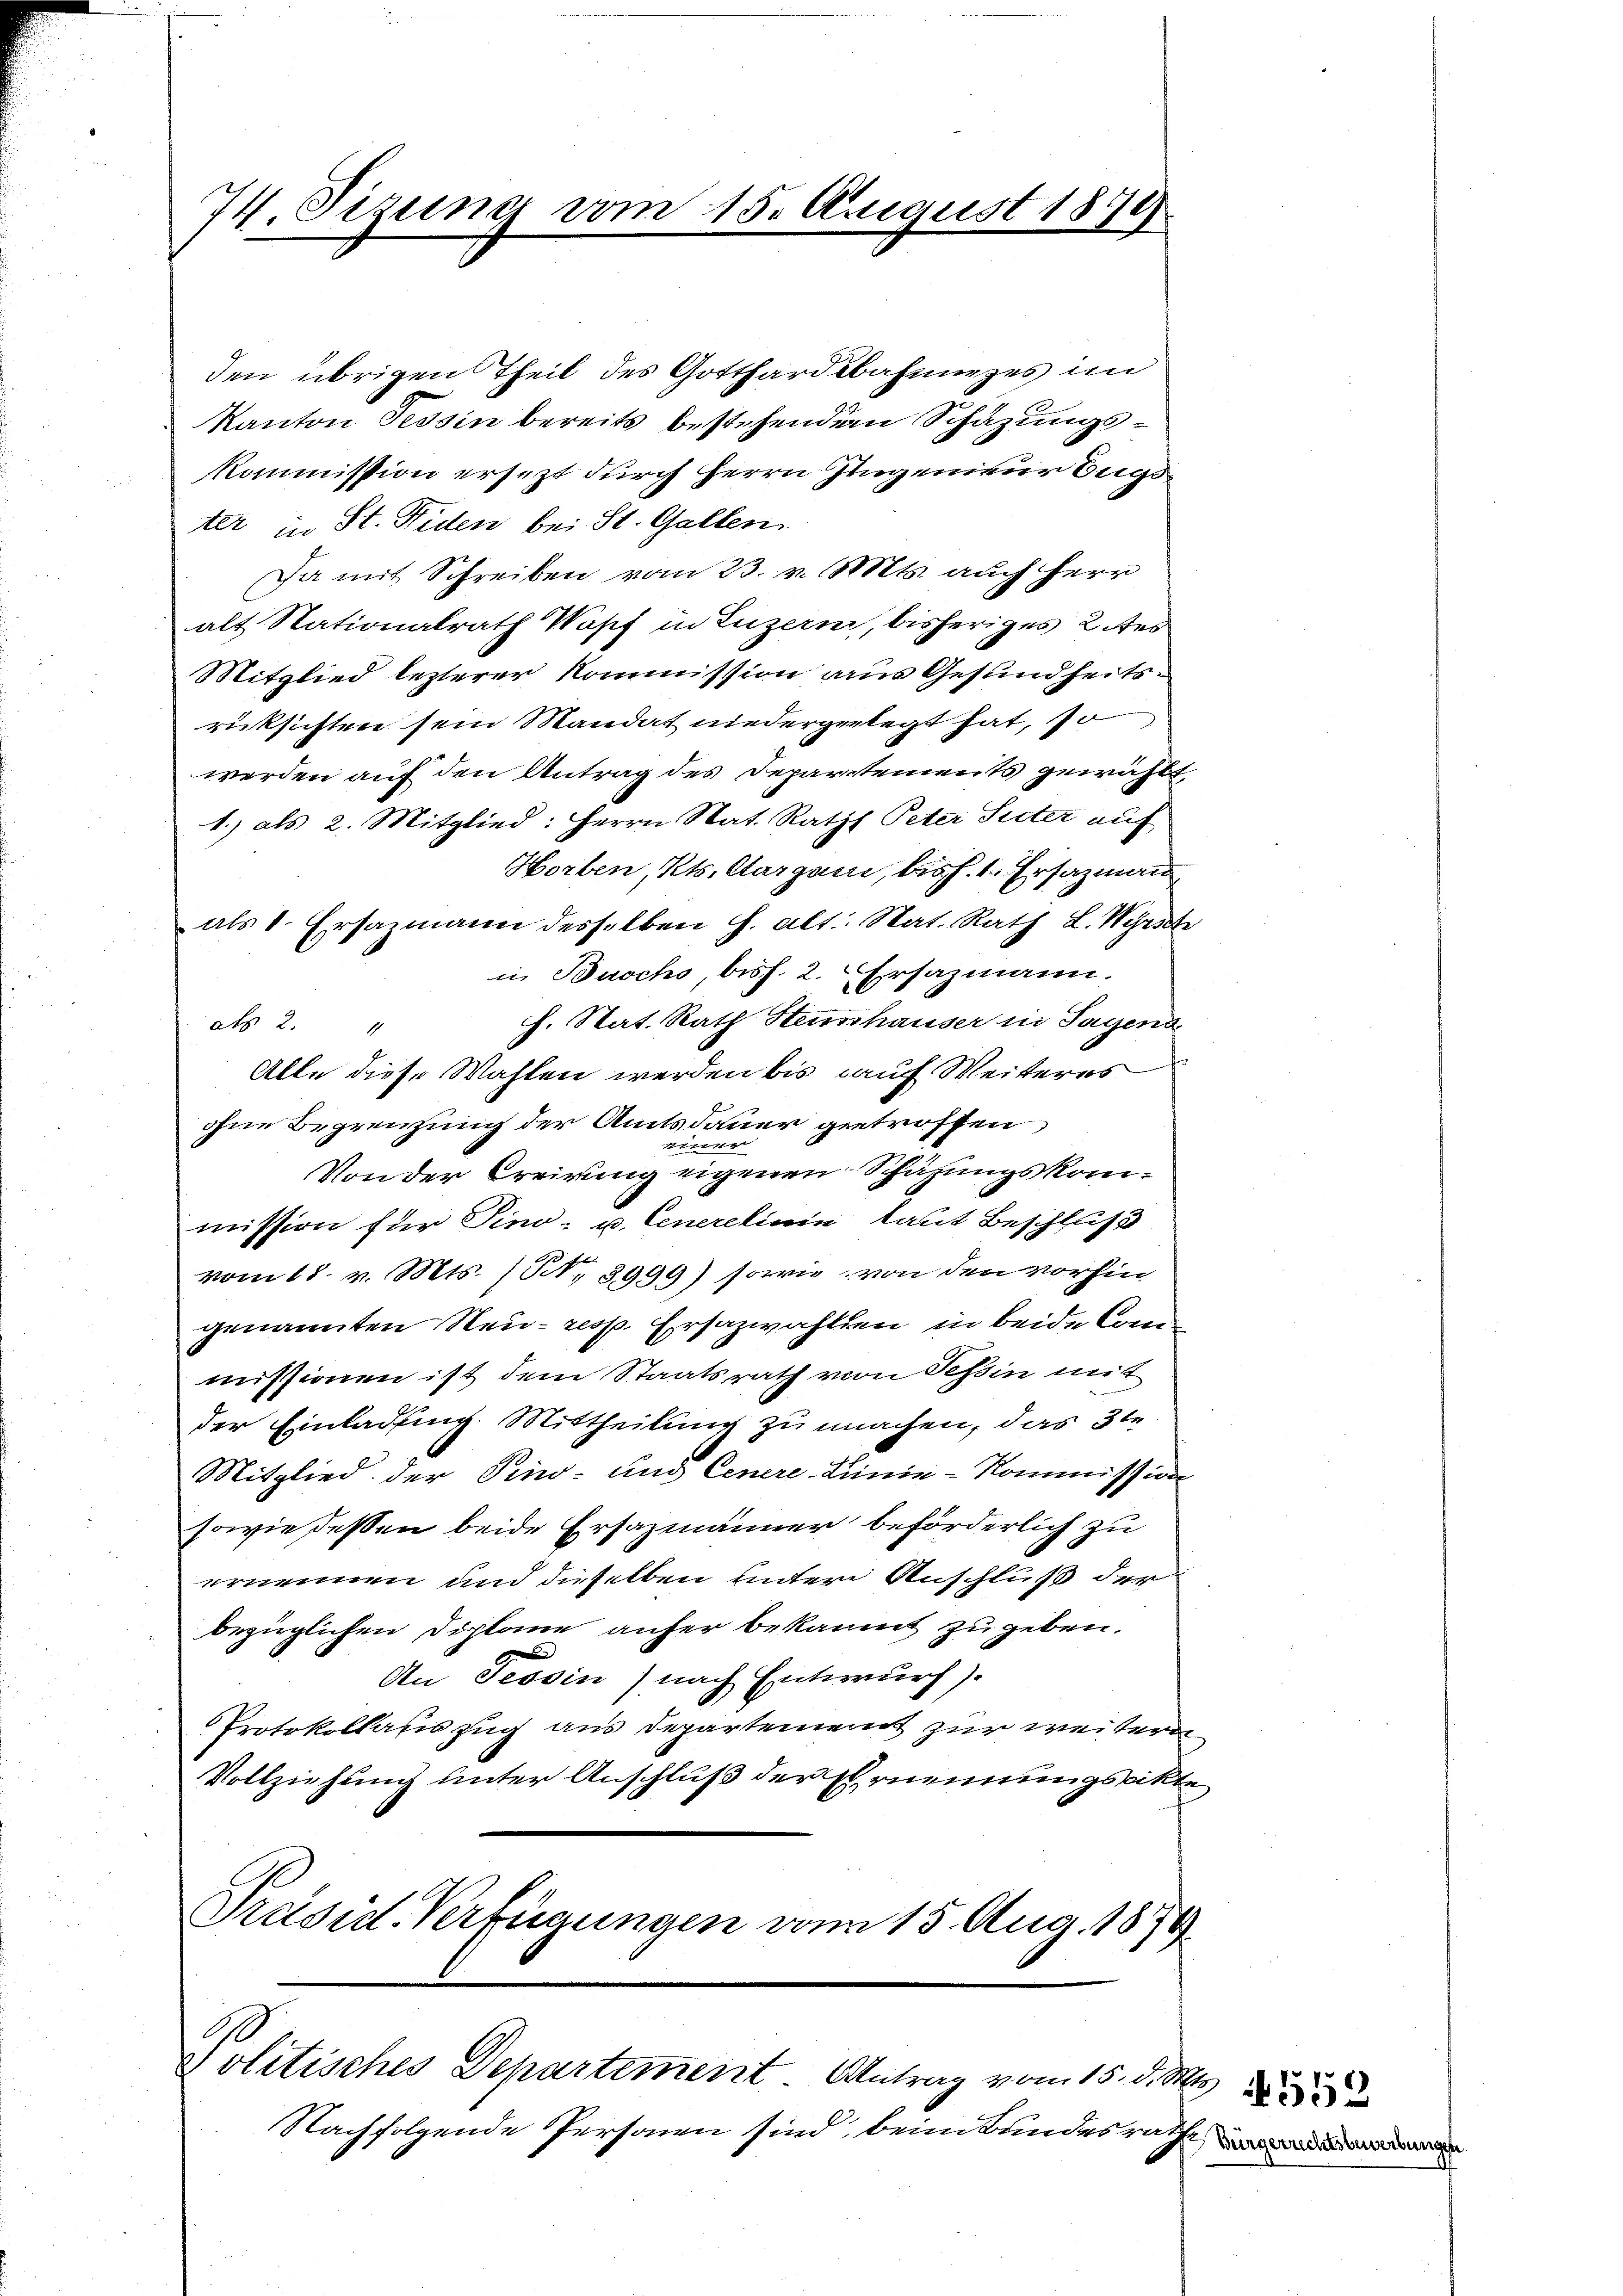
74. Sizung vom 15. August 187.

den übrigen Theil des Gotthardbahnunges im
Kanton Tessin bereits bestehendem Schazungskommission ersezt durch Herrn Ingenieur Eugs
ter in St. Fiden bei St. Gallen.
Da mit Schreiben vom 23. v. Mts. auch herr
alt Stationalrath Wopf in Luzern, bisheriges 2. Feb
Mitglied lezterer Kommission aus Gesundheitsrücksichten sein Mandat niedergelegt hat, so
werden auf den Antrag des Departements gewählt,
1.) als 2. Mitglied: Herrn Nat. Raths Peter Suter auf
Horben, Kts. Aargani, bis h. 1. Ersazmann
als 1. Ersazmann desselben h. alt. Nat. Rath L. Wyrs
in Buochs, biss. 2. Ersazmann.
h. Stat. Rath Steinhauser in Sagena
als 2. 11
Alle diese Wahlen werden bis auf Weiteres
ohne Begrenzung der Amtsdauer getroffen
e
t
Von der Creirung eigenen Schazungskommission für Tino- u. Generelinie laut Beschluß
vom 18. v. Mts. (N. 3999) sowie von den vorhin
genannten Neu- resp. Ersazwahlden in beide Commissionen ist dem Staatsrath von Tessin mit
der Einladung. Mittheilung zu machen, das 3te
Mitglied der Pind- und Genere Linie-Kommission
sowie deßen beide Ersazmänner beförderlich zu
ernennen und dieselben unter Anschluß der
bezüglichen Diplome anher bekannt zu geben.
e
An Tessin, nach Entwurf).
Protokollauszug aus Departement zur weitern
Vollziehung unter Anschluß der Ernennungsakte
PPräsid. Verfügungen vom 15. Aug. 1879
Politisches Departement Antrag vom 15. d. Ms.
Nachfolgende Personen sind, beim Bundesrathe u